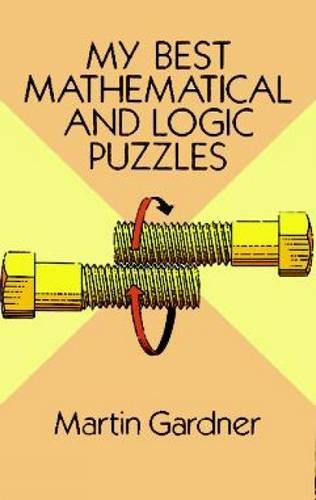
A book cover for My Best Mathematical and Logic Puzzles (Dover Recreational Math); Martin Gardner; Humor & Entertainment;